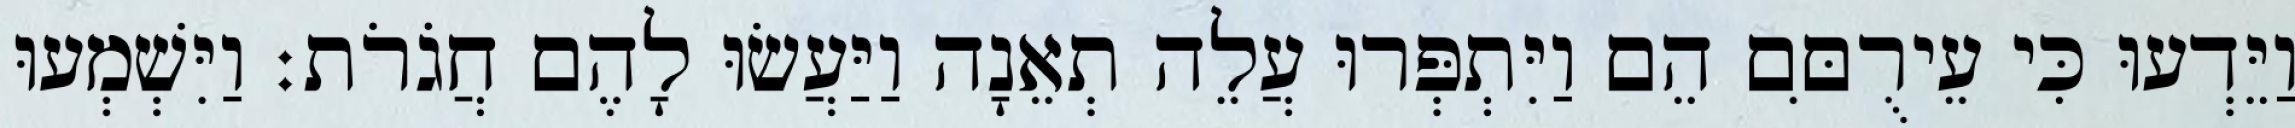
וַיֵּדְעוּ כִּי עֵירֻםִּם הֵם וַיִּתְפְּרוּ עֲלֵה תְאֵנָה וַיַּעֲשׂוּ לָהֶם חֲגֹרֹת׃ וַיִּשְׁמְעוּ